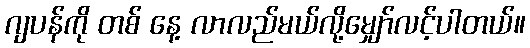
ဂျပန်ကို တစ် နေ့ လာလည်မယ်လို့မျှော်လင့်ပါတယ်။